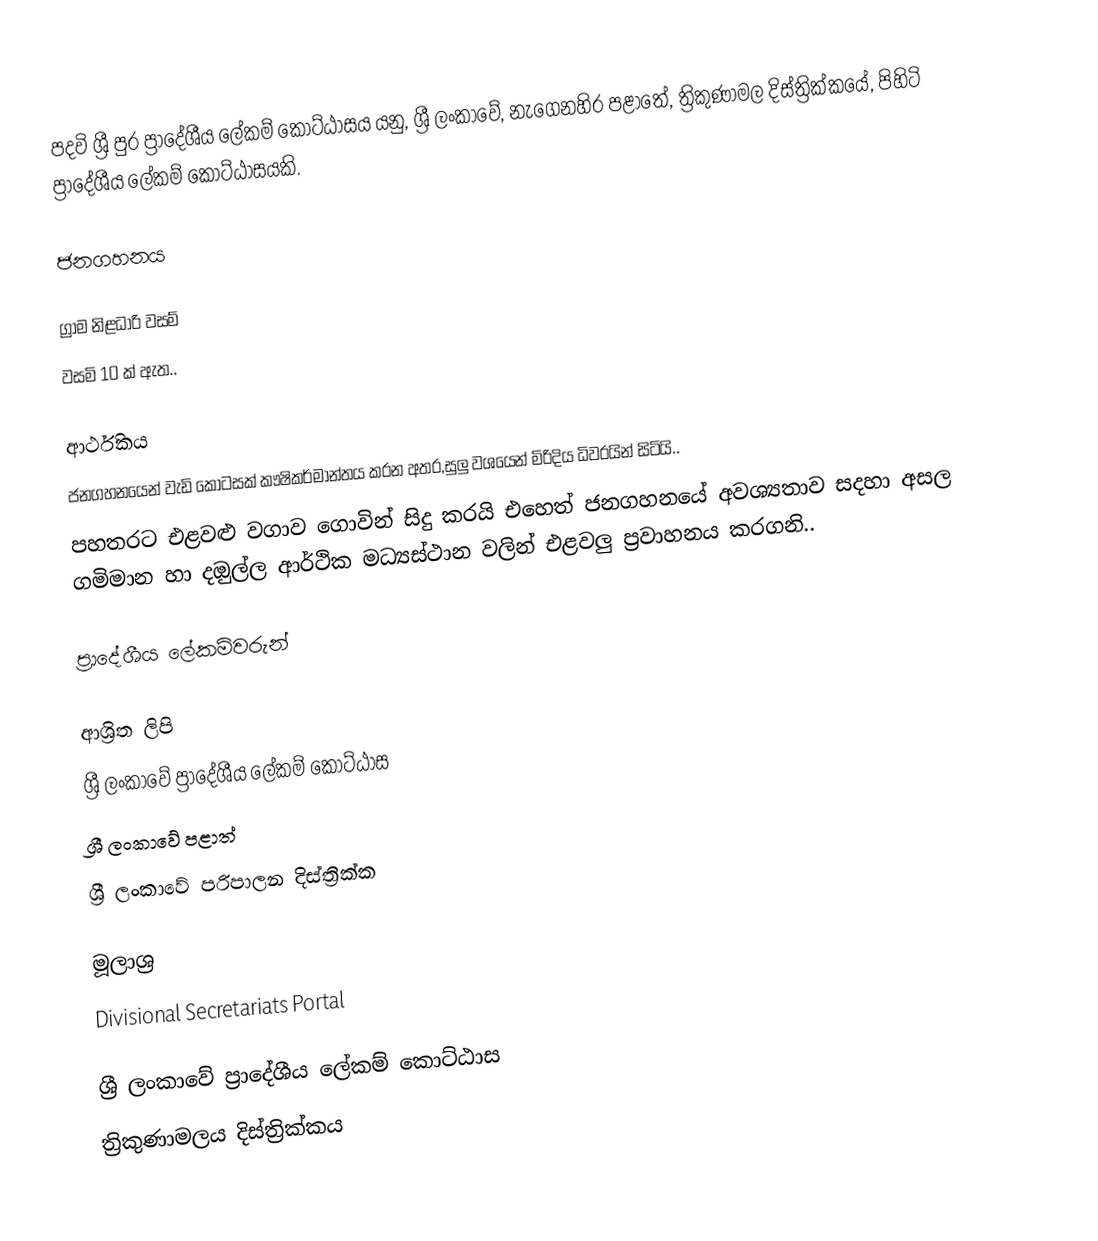
පදවි ශ්‍රී පුර ප්‍රාදේශීය ලේකම් කොට්ඨාසය යනු,  ශ්‍රී ලංකාවේ, නැගෙනහිර පළාතේ,   ත්‍රිකුණාමල දිස්ත්‍රික්කයේ, පිහිටි ප්‍රාදේශීය ලේකම් කොට්ඨාසයකි.

ජනගහනය

ග්‍රාම නිළධාරි වසම්
වසමි 10 ක් ඇත..

ආර්ථිකය
ජනගහනයෙන් වැඩි කොටසක් කෟෂිකර්මාන්තය කරන අතර,සුලු වශයෙන් මිරිදිය ධිවරයින් සිටියි..
පහතරට එළවළු වගාව ගොවින් සිදු කරයි එහෙත් ජනගහනයේ අවශ්‍යතාව සදහා අසල ගමිමාන හා දඔුල්ල ආර්ථික මධ්‍යස්ථාන වලින් එළවලු ප්‍රවාහනය කරගනි..

ප්‍රාදේශීය ලේකම්වරුන්

ආශ්‍රිත ලිපි
ශ්‍රී ලංකාවේ ප්‍රාදේශීය ලේකම් කොට්ඨාස
ශ්‍රී ලංකාවේ පළාත්
ශ්‍රී ලංකාවේ පරිපාලන දිස්ත්‍රික්ක

මූලාශ්‍ර
 Divisional Secretariats Portal

ශ්‍රී ලංකාවේ ප්‍රාදේශීය ලේකම් කොට්ඨාස
ත්‍රිකුණාමලය දිස්ත්‍රික්කය